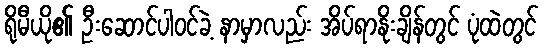
ရိုမီယို၏ ဦးဆောင်ပါဝင်ခဲ့ နာမှာလည်း အိပ်ရာနိုးချိန်တွင် ပုံထဲတွင်